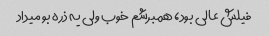
فیلش عالی بود، همبرشم خوب ولی یه ذره بو میداد